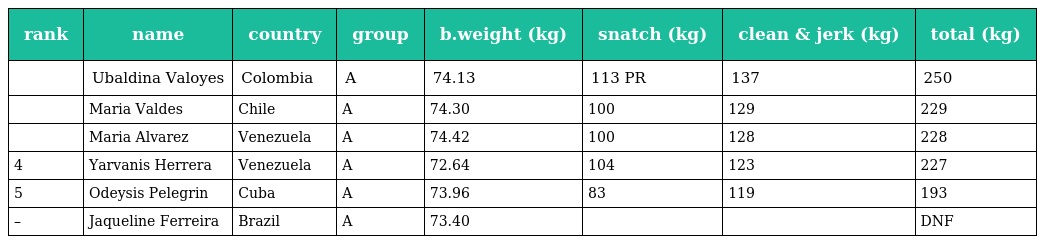
| rank | name | country | group | b.weight (kg) | snatch (kg) | clean & jerk (kg) | total (kg) |
 | --- | --- | --- | --- | --- | --- | --- | --- |
 |  | Ubaldina Valoyes | Colombia | A | 74.13 | 113 PR | 137 | 250 |
 |  | Maria Valdes | Chile | A | 74.30 | 100 | 129 | 229 |
 |  | Maria Alvarez | Venezuela | A | 74.42 | 100 | 128 | 228 |
 | 4 | Yarvanis Herrera | Venezuela | A | 72.64 | 104 | 123 | 227 |
 | 5 | Odeysis Pelegrin | Cuba | A | 73.96 | 83 | 119 | 193 |
 | – | Jaqueline Ferreira | Brazil | A | 73.40 |  |  | DNF |